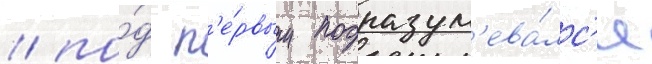
/ по́д п'е́рвым подразум'ева́лс'я